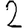
Digit: 2